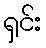
ရှင်း